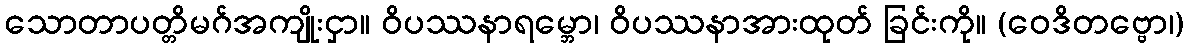
သောတာပတ္တိမဂ်အကျိုးငှာ။ ဝိပဿနာရမ္ဘော၊ ဝိပဿနာအားထုတ် ခြင်းကို။ (ဝေဒိတဗ္ဗော၊)